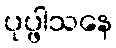
ပုပ္ဖါသနေ